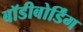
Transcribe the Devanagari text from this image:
बॉडीबोर्डिंग